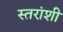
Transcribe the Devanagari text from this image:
स्तरांशी